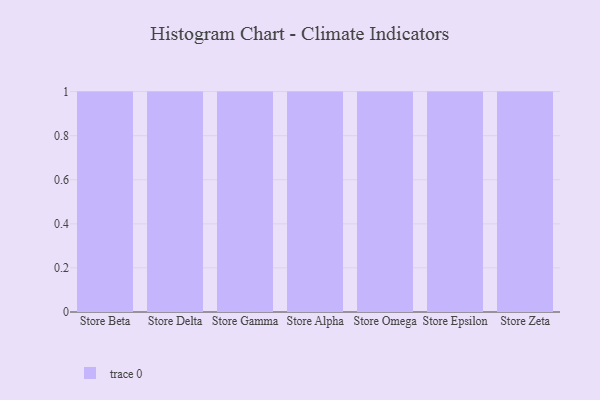
{"axis": {"x": "Store", "y": "Customer Acquisition Cost (USD)"}, "legend": [""], "data": [{"x": "Store Beta", "y": 47, "type": ""}, {"x": "Store Delta", "y": 90, "type": ""}, {"x": "Store Gamma", "y": 26, "type": ""}, {"x": "Store Alpha", "y": 21, "type": ""}, {"x": "Store Omega", "y": 64, "type": ""}, {"x": "Store Epsilon", "y": 85, "type": ""}, {"x": "Store Zeta", "y": 5, "type": ""}]}